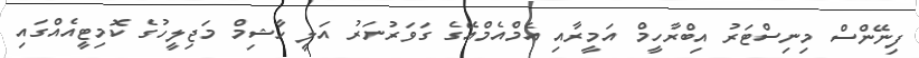
ފިނޭންސް މިނިސްޓަރު އިބްރާހީމް އަމީރާއި އެމްއެމްއޭގެ ގަވަރުނަރު އަލީ ހާޝިމް މަޖިލީހުގެ ކޮމިޓީއެއްގައި